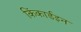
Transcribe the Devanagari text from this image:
किंकार्डइन